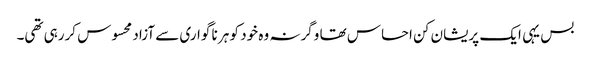
بس یہی ایک پریشان کن احساس تھا وگرنہ وہ خود کو ہر نا گواری سے آزاد محسوس کررہی تھی۔